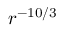
r ^ { - 1 0 / 3 }